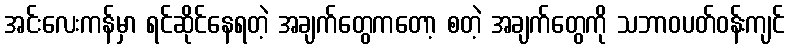
အင်းလေးကန်မှာ ရင်ဆိုင်နေရတဲ့ အချက်တွေကတော့ စတဲ့ အချက်တွေကို သဘာဝပတ်ဝန်းကျင်